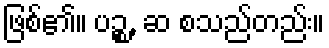
ဖြစ်၏။ ပဉ္စ, ဆ စသည်တည်း။